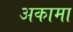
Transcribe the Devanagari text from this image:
अकामा